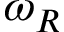
\omega _ { R }